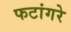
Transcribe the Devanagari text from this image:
फटांगरे